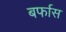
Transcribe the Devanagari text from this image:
बर्फास